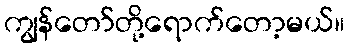
ကျွန်တော်တို့ရောက်တော့မယ်။